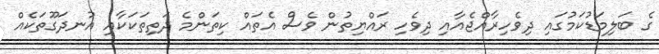
ގެ ބަލިމަޑުކަމުގައި ދިވެހިރާއްޖެއާއި ދިވެހި ރައްޔިތުން ވެސް އެތައް ކިތަންމެ ދަތިތަކަކާއި އުނދަގޫތަކެއް